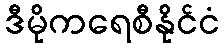
ဒီမိုကရေစီနိုင်ငံ